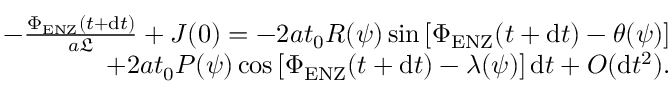
\begin{array} { r } { - \frac { \Phi _ { \mathrm { E N Z } } ( t + \mathrm { d } t ) } { a \mathfrak { L } } + J ( 0 ) = - 2 a t _ { 0 } R ( \psi ) \sin \left[ \Phi _ { \mathrm { E N Z } } ( t + \mathrm { d } t ) - \theta ( \psi ) \right] } \\ { + 2 a t _ { 0 } P ( \psi ) \cos \left[ \Phi _ { \mathrm { E N Z } } ( t + \mathrm { d } t ) - \lambda ( \psi ) \right] \mathrm { d } t + O ( \mathrm { d } t ^ { 2 } ) . } \end{array}